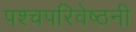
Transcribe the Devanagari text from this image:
पश्चपरिवेष्ठनी